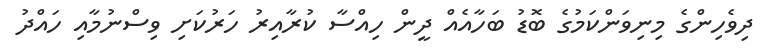
ދިވެހިންގެ މިނިވަންކަމުގެ ބޮޑު ބަހާއެއް ދީން ހިއްސާ ކުރާއިރު ހަރުކަށި ވިސްނުމާއި ހައްދު